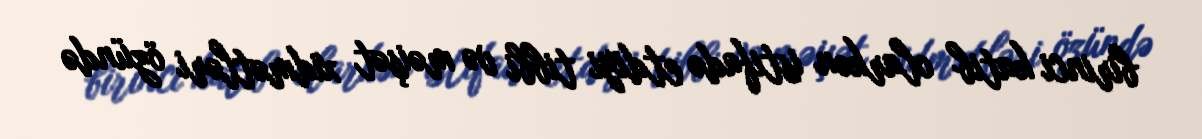
birinci katib olarkən istifadə etdiyi tibbi və məişət xidmətləri özündə